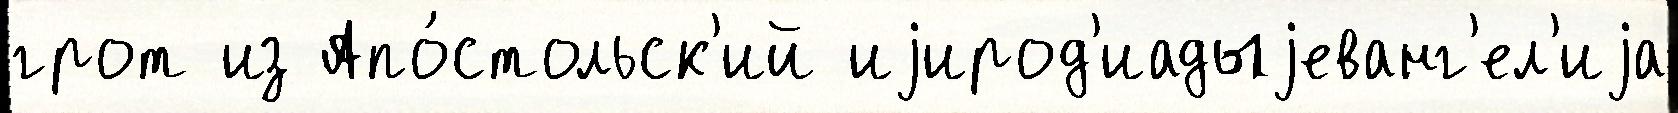
грот из Апо́стольск'ий иjирод'иадыjеванг'ел'иjа